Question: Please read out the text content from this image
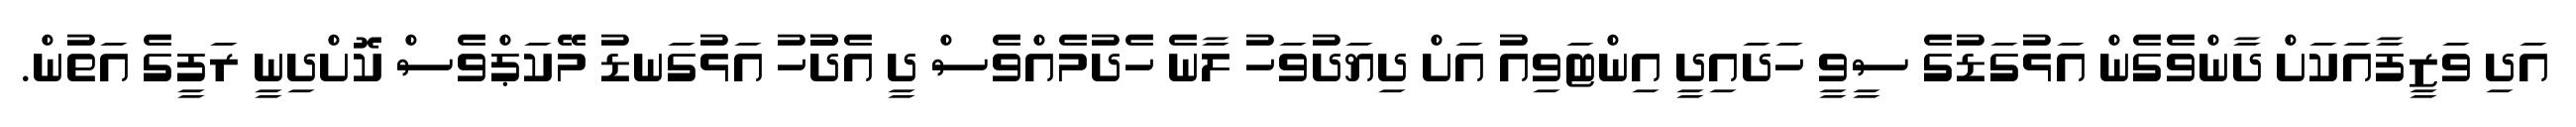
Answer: އަދި ވަޒީފާއަކަށް ދާންވެގެން އަޅުގަޑުގެ ސީވީ ހަދައިދީ އިންޓަވިއު އަށް ދިޔަދުވަހު ލާނެ ހެދުމެއްވެސް ދީ އެދުުހު އަޅުގަނޑު މޭކަޕްވެސް ކޮށްދިނީ ރަފީގެ އަތުން.